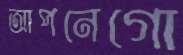
আপনেগো